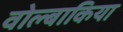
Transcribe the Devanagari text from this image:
वोल्बाकिया